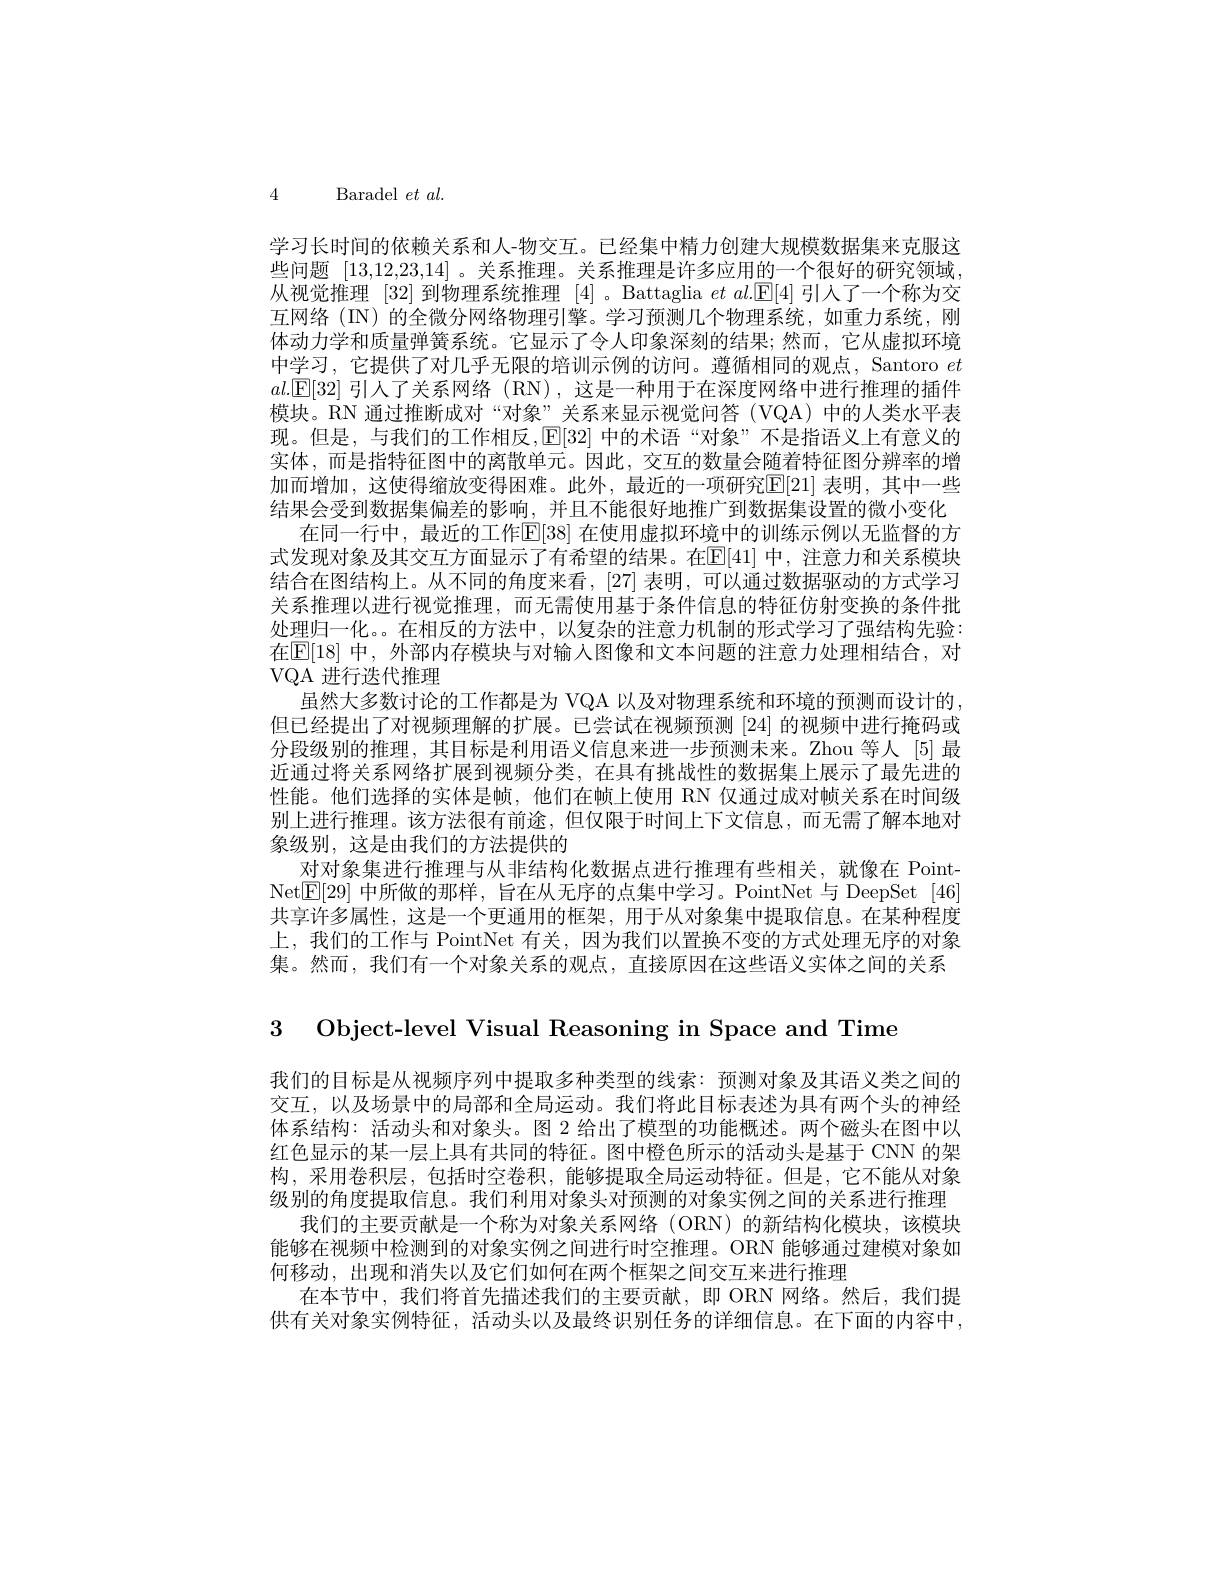
4 Baradel$et$ $al.$

学习长时间的依赖关系和人-物交互。已经集中精力创建大规模数据集来克服这些问题[13,12,23,14] 。关系推理。关系推理是许多应用的一个很好的研究领域从视觉推理 [32] 到物理系统推理 [4] 。Battaglia $et\textit{al. }\mathbb{E} [ 4]$引人了一个称为交互网络(IN) 的全微分网络物理引擎。学习预测几个物理系统，如重力系统，刚体动力学和质量弹簧系统。它显示了令人印象深刻的结果；然而，它从虚拟环境中学习，它提供了对几乎无限的培训示例的访问。遵循相同的观点，Santoro $et$ $al.$[E[32] 引人了关系网络(RN),这是一种用于在深度网络中进行推理的插件模块。RN 通过推断成对“对象”关系来显示视觉问答(VQA)中的人类水平表现。但是，与我们的工作相反，E|32| 中的术语“对象”不是指语义上有意义的实体，而是指特征图中的离散单元。因此，交互的数量会随着特征图分辨率的增加而增加，这使得缩放变得困难。此外，最近的一项研究$\mathbb{E}[21]$ 表明，其中一些结果会受到数据集偏差的影响，并且不能很好地推广到数据集设置的微小变化
在同一行中，最近的工作[E[38] 在使用虚拟环境中的训练示例以无监督的方式发现对象及其交互方面显示了有希望的结果。在$\mathbb{E}[41]$ 中，注意力和关系模块结合在图结构上。从不同的角度来看，[27] 表明，可以通过数据驱动的方式学习关系推理以进行视觉推理，而无需使用基于条件信息的特征仿射变换的条件批处理归一化。。在相反的方法中，以复杂的注意力机制的形式学习了强结构先验： 在[E[18] 中，外部内存模块与对输入图像和文本问题的注意力处理相结合，对VQA 进行迭代推理
虽然大多数讨论的工作都是为 VQA 以及对物理系统和环境的预测而设计的， 但已经提出了对视频理解的扩展。已尝试在视频预测[24]的视频中进行掩码或分段级别的推理，其目标是利用语义信息来进一步预测未来。Zhou 等人 [5] 最近通过将关系网络扩展到视频分类，在具有挑战性的数据集上展示了最先进的性能。他们选择的实体是帧，他们在帧上使用 RN 仅通过成对帧关系在时间级别上进行推理。该方法很有前途，但仅限于时间上下文信息，而无需了解本地对象级别，这是由我们的方法提供的
对对象集进行推理与从非结构化数据点进行推理有些相关，就像在 PointNet$\boxed{\mathrm{E}[29]\text{ 中所做的那样，旨在从无序的点集中学习。PointNet 与 DeepSet [46]}}$ 共享许多属性，这是一个更通用的框架，用于从对象集中提取信息。在某种程度上，我们的工作与 PointNet 有关，因为我们以置换不变的方式处理无序的对象集。然而，我们有一个对象关系的观点，直接原因在这些语义实体之间的关系

3 Object-level Visual Reasoning in Space and Time

我们的目标是从视频序列中提取多种类型的线索：预测对象及其语义类之间的交互，以及场景中的局部和全局运动。我们将此目标表述为具有两个头的神经体系结构：活动头和对象头。图 2 给出了模型的功能概述。两个磁头在图中以红色显示的某一层上具有共同的特征。图中橙色所示的活动头是基于 CNN 的架构，采用卷积层，包括时空卷积，能够提取全局运动特征。但是，它不能从对象级别的角度提取信息。我们利用对象头对预测的对象实例之间的关系进行推理
我们的主要贡献是一个称为对象关系网络(ORN)的新结构化模块，该模块能够在视频中检测到的对象实例之间进行时空推理。ORN 能够通过建模对象如何移动，出现和消失以及它们如何在两个框架之间交互来进行推理
在本节中，我们将首先描述我们的主要贡献，即 ORN 网络。然后，我们提供有关对象实例特征，活动头以及最终识别任务的详细信息。在下面的内容中，